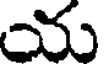
య